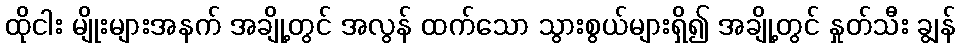
ထိုငါး မျိုးများအနက် အချို့တွင် အလွန် ထက်သော သွားစွယ်များရှိ၍ အချို့တွင် နှုတ်သီး ချွန်